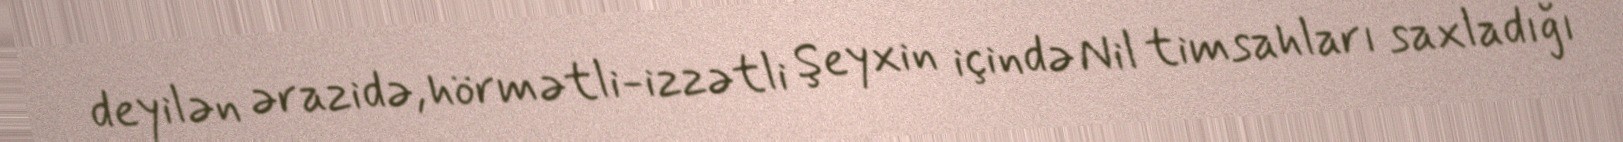
deyilən ərazidə, hörmətli-izzətli Şeyxin içində Nil timsahları saxladığı